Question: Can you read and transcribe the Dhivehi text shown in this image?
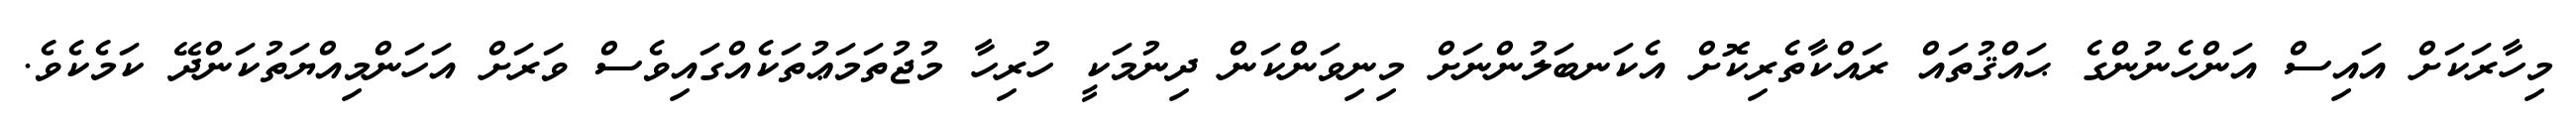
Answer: މިހާރަކަށް އައިސް އަންހެނުންގެ ޙައްޤުތައް ރައްކާތެރިކޮށް އެކަނބަލުންނަށް މިނިވަންކަން ދިނުމަކީ ހުރިހާ މުޖުތަމަޢުތަކެއްގައިވެސް ވަރަށް އަހަންމިއްޔަތުކަންދޭ ކަމެކެވެ.